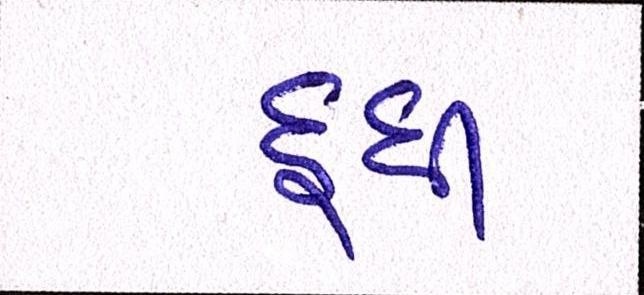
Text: દૂધી